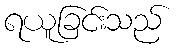
ရယူခြင်းသည်